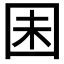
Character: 𫭆